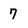
Character: 7